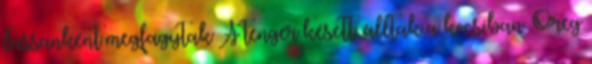
lassanként megfagytak A tenger késett. álltak a kocsiban. Öreg